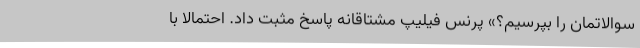
سوالاتمان را بپرسیم؟» پرنس فیلیپ مشتاقانه پاسخ مثبت داد. احتمالا با